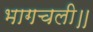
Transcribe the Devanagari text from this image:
भागचली॥